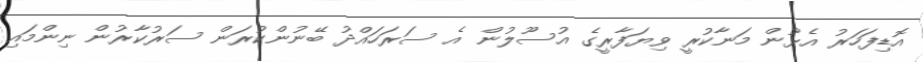
އޮޑިފަހަރު އެޅުން މަނާކުރީ ވިޔަފާރީގެ އުސޫލުން އެ ސަރަހައްދު ބޭނުންކުރަން ސަރުކާރުން ނިންމައި